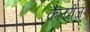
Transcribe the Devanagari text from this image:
कैलरीज